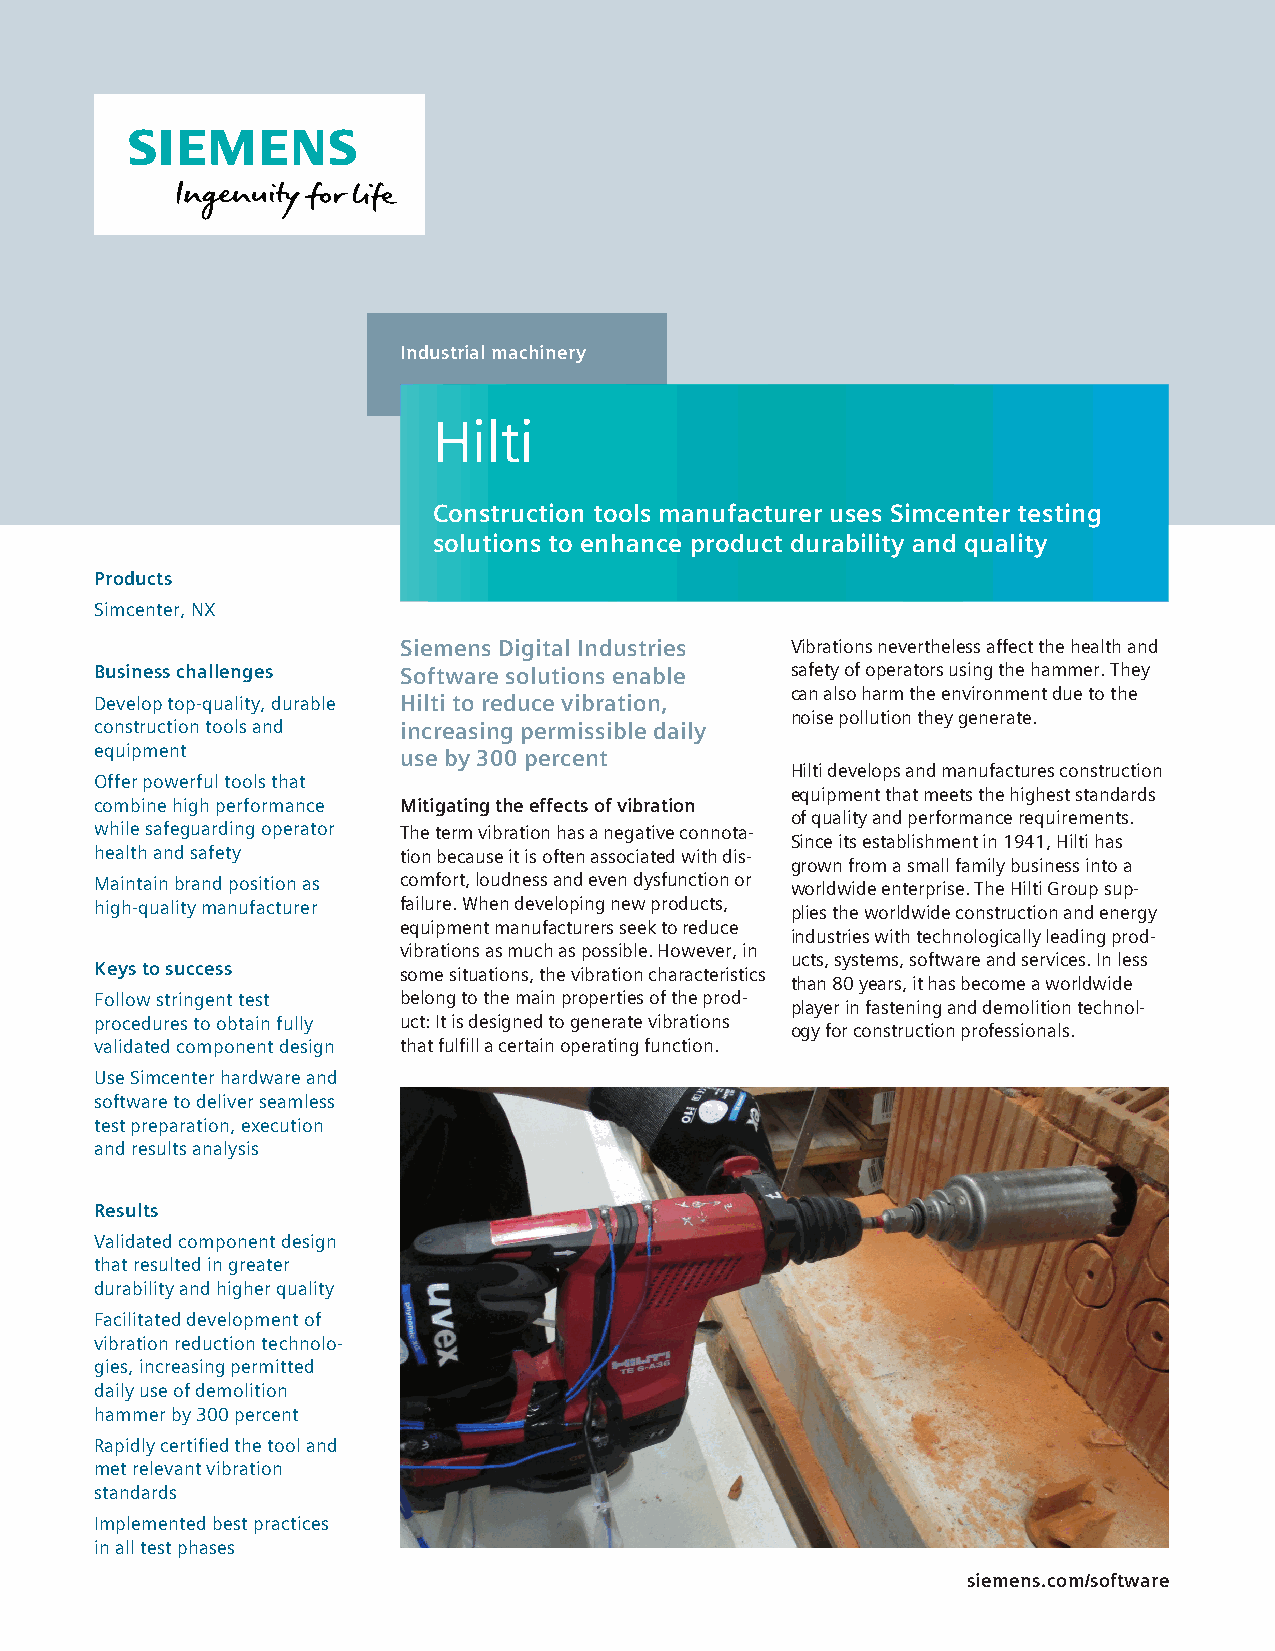
Industrial machinery
 Hilti
 Construction tools manufacturer uses Simcenter testing
 solutions to enhance product durability and quality
 Products
 Simcenter, NX
 Siemens Digital Industries Vibrations nevertheless affect the health and
 Business challenges Software solutions enable safety of operators using the hammer. They
 can also harm the environment due to the
 Develop top-quality, durable Hilti to reduce vibration,
 noise pollution they generate.
 construction tools and increasing permissible daily
 equipment
 use by 300 percent
 Hilti develops and manufactures construction
 Offer powerful tools that
 equipment that meets the highest standards
 combine high performance Mitigating the effects of vibration
 of quality and performance requirements.
 while safeguarding operator The term vibration has a negative connota-
 Since its establishment in 1941, Hilti has
 health and safety   tion because it is often associated with dis-
 grown from a small family business into a
 Maintain brand position as comfort, loudness and even dysfunction or worldwide enterprise. The Hilti Group sup-
 high-quality manufacturer failure. When developing new products, plies the worldwide construction and energy
 equipment manufacturers seek to reduce
 industries with technologically leading prod-
 vibrations as much as possible. However, in
 ucts, systems, software and services. In less
 Keys to success     some situations, the vibration characteristics
 than 80 years, it has become a worldwide
 Follow stringent test belong to the main properties of the prod-
 player in fastening and demolition technol-
 procedures to obtain fully uct: It is designed to generate vibrations
 ogy for construction professionals.
 validated component design that fulfill a certain operating function.
 Use Simcenter hardware and
 software to deliver seamless
 test preparation, execution
 and results analysis
 Results
 Validated component design
 that resulted in greater
 durability and higher quality
 Facilitated development of
 vibration reduction technolo-
 gies, increasing permitted
 daily use of demolition
 hammer by 300 percent
 Rapidly certified the tool and
 met relevant vibration
 standards
 Implemented best practices
 in all test phases
 siemens.com/software